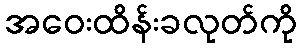
အဝေးထိန်းခလုတ်ကို